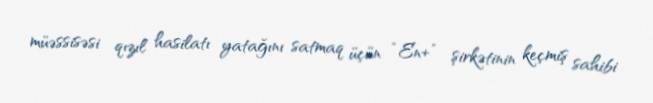
müəssisəsi qızıl hasilatı yatağını satmaq üçün “En+” şirkətinin keçmiş sahibi